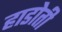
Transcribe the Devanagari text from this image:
हाडोती